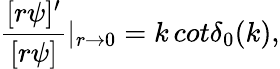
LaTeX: \frac{[r\psi]^{\prime}}{[r\psi]}|_{r\rightarrow 0}=k\, cot\delta_{0}(k),